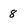
Character: 8